Punjab Mental Hospital Lahore 1922-31 - 1922-1931
Year: 1922
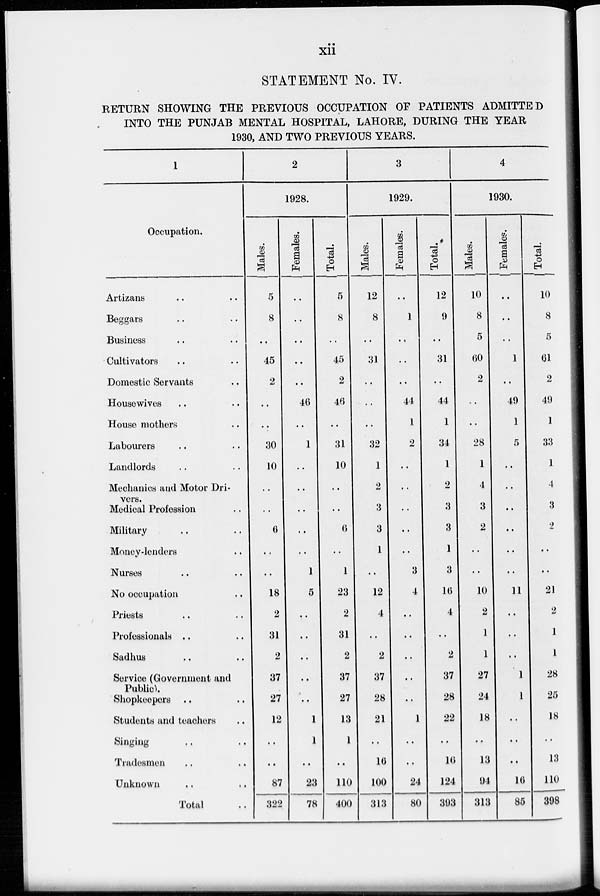
xii
STATEMENT No. IV.
RETURN SHOWING THE PREVIOUS OCCUPATION OF PATIENTS ADMITTED
INTO THE PUNJAB MENTAL HOSPITAL, LAHORE, DURING THE YEAR
1930, AND TWO PREVIOUS YEARS.
1
Occupation.
Artizans .. ..
Beggars .. ..
Business .. ..
Cultivators .. ..
Domestic Servants ..
Housewives .. ..
House mothers ..
Labourers .. ..
Landlords .. ..
Mechanics and Motor Dri-
vers.
Medical Profession ..
Military .. ..
Money-lenders ..
Nurses .. ..
No occupation ..
Priests .. ..
Professionals .. ..
Sadhus .. ..
Service (Government and
Public).
Shopkeepers .. ..
Students and teachers ..
Singing .. ..
Tradesmen .. ..
Unknown .. ..
Total ..
2
1928.
Males.
5
8
..
45
2
..
..
30
10
..
..
6
..
..
18
2
31
2
37
27
12
..
..
87
322
Females.
..
..
..
..
..
46
..
1
..
..
..
..
..
1
5
..
..
..
..
..
1
1
..
23
78
Total.
5
8
..
45
2
46
..
31
10
..
..
6
..
1
23
2
31
2
37
27
13
1
..
110
400
3
1929.
Males.
12
8
..
31
..
..
..
32
1
2
3
3
1
..
12
4
..
2
37
28
21
..
16
100
313
Females.
..
1
..
..
..
44
1
2
..
..
..
..
..
3
4
..
..
..
..
..
1
..
..
24
80
Total.
12
9
..
31
..
44
1
34
1
2
3
3
1
3
16
4
..
2
37
28
22
..
16
124
393
4
1930.
Males.
10
8
5
60
2
..
..
28
1
4
3
2
..
..
10
2
1
1
27
24
18
..
13
94
313
Females.
..
..
..
1
..
49
1
5
..
..
..
..
..
..
11
..
..
..
1
1
..
..
..
16
85
Total.
10
8
5
61
2
49
1
33
1
4
3
2
..
..
21
2
1
1
28
25
18
..
13
110
398